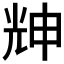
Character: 𠒗